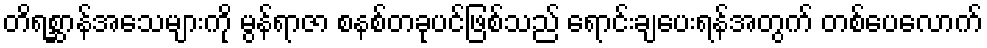
တိရစ္ဆာန်အသေများကို မွန်ရာဇာ စနစ်တခုပင်ဖြစ်သည် ရောင်းချပေးရန်အတွက် တစ်ပေလောက်